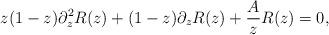
LaTeX: \begin{align*} z(1-z)\partial_{z}^2 R(z) + (1-z) \partial_{z} R(z) + \frac{A}{z} R(z) =0,\end{align*}